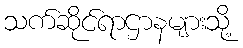
သက်ဆိုင်ရာဌာနများသို့